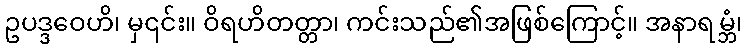
ဥပဒ္ဒဝေဟိ၊ မှ၎င်း။ ဝိရဟိတတ္တာ၊ ကင်းသည်၏အဖြစ်ကြောင့်။ အနာရမ္ဘံ၊